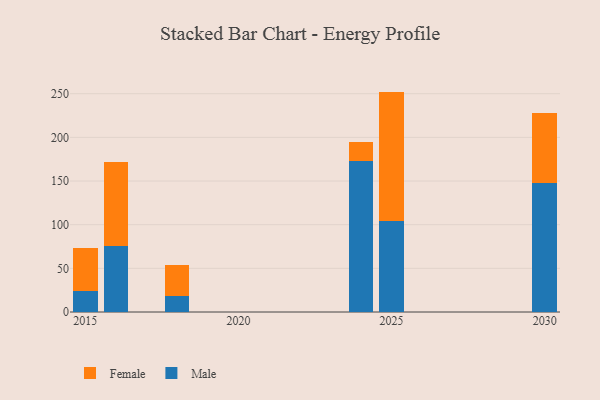
{"axis": {"x": "Year", "y": "Website Visitors"}, "legend": ["Female", "Male"], "data": [{"x": "2018", "y": 18.1, "type": "Male"}, {"x": "2018", "y": 35.9, "type": "Female"}, {"x": "2016", "y": 75.3, "type": "Male"}, {"x": "2016", "y": 96.4, "type": "Female"}, {"x": "2024", "y": 173.0, "type": "Male"}, {"x": "2024", "y": 21.2, "type": "Female"}, {"x": "2015", "y": 23.6, "type": "Male"}, {"x": "2015", "y": 49.7, "type": "Female"}, {"x": "2030", "y": 147.8, "type": "Male"}, {"x": "2030", "y": 80.4, "type": "Female"}, {"x": "2025", "y": 104.2, "type": "Male"}, {"x": "2025", "y": 148.2, "type": "Female"}]}